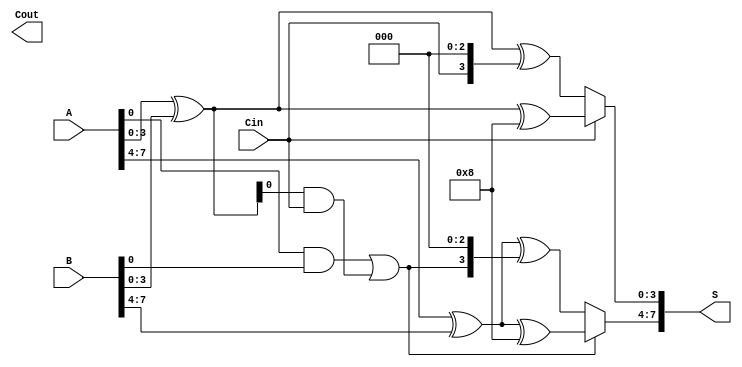
module CarrySelectAdder #(parameter n = 8, m = 4) (
    input [n-1:0] A,
    input [n-1:0] B,
    input Cin,
    output [n-1:0] S,
    output Cout
);

    // Internal signals
    wire [n/m:0] G; // Generate signals
    wire [n/m:0] P; // Propagate signals
    wire [n/m:0] C; // Carry signals
    wire [n-1:0] S0, S1; // Sums for carry-in 0 and 1

    // Carry Lookahead Logic
    assign C[0] = Cin;
    generate
        genvar i;
        for (i = 0; i < n/m; i = i + 1) begin: CLA
            wire [m-1:0] A_segment = A[i*m +: m];
            wire [m-1:0] B_segment = B[i*m +: m];
            assign G[i] = (A_segment & B_segment);
            assign P[i] = (A_segment ^ B_segment);

            if (i > 0) begin
                assign C[i] = G[i-1] | (P[i-1] & C[i-1]);
            end
        end
    endgenerate

    // Sum calculation for carry-in 0 and 1
    generate
        for (i = 0; i < n/m; i = i + 1) begin: SUM
            wire [m-1:0] A_segment = A[i*m +: m];
            wire [m-1:0] B_segment = B[i*m +: m];

            // Calculate sums for carry-in 0
            assign S0[i*m +: m] = A_segment ^ B_segment ^ {C[i], {m-1{1'b0}}};

            // Calculate sums for carry-in 1
            assign S1[i*m +: m] = A_segment ^ B_segment ^ {1'b1, {m-1{1'b0}}};
        end
    endgenerate

    // Final sum selection based on carry-out
    generate
        for (i = 0; i < n/m; i = i + 1) begin: SELECT
            assign S[i*m +: m] = (C[i] ? S1[i*m +: m] : S0[i*m +: m]);
        end
    endgenerate

    // Final carry-out
    assign Cout = C[n/m];

endmodule